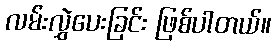
လမ်းလွှဲပေးခြင်း ဖြစ်ပါတယ်။